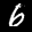
Digit: 6